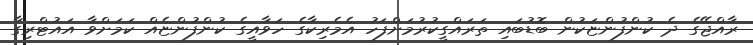
ރާއްޖޭގެ ދެ ކުންފުންޏަކުން ބޮޑުބައި ތަރައްގީކުރުމަށްފަހު އެމެރިކާގެ ހަވާއީގެ ކުންފުންޏެއް ކަމަށްވާ އައުޓްރިގާ